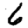
Digit: 6